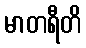
မာတရီတိ